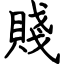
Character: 賤